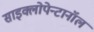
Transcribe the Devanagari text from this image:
साइक्लोपेन्टानॉल